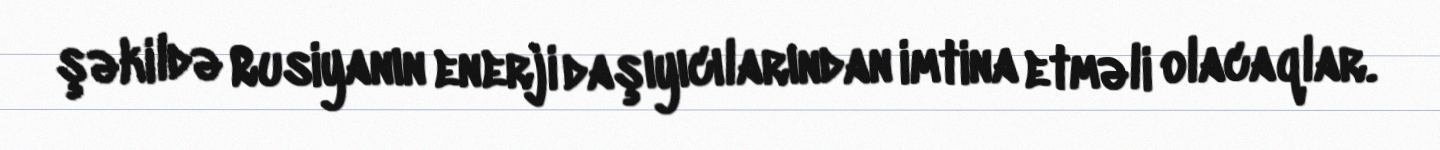
şəkildə Rusiyanın enerji daşıyıcılarından imtina etməli olacaqlar.